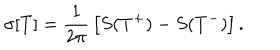
\sigma [ T ] = { \frac { 1 } { 2 \pi } } \left[ S ( T ^ { + } ) - S ( T ^ { - } ) \right] .